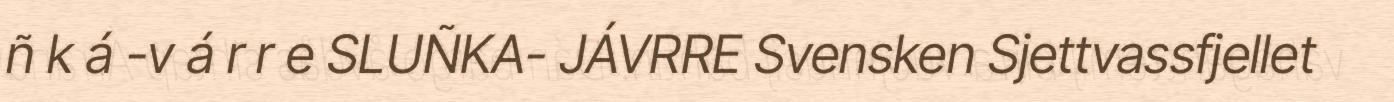
ñ k á -v á r r e SLUÑKA- JÁVRRE Svensken Sjettvassfjellet